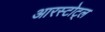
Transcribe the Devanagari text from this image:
आरस्टोट्ल